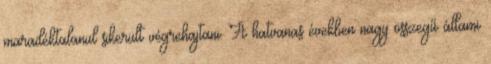
maradéktalanul sikerült végrehajtani. A hatvanas években nagy összegű állami